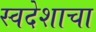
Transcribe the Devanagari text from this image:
स्वदेशाचा